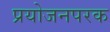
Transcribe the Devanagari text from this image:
प्रयोजनपरक